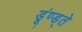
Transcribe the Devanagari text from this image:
डूंण्ड्ते